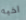
اخيه